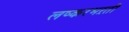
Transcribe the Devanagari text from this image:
लष्करभऱती